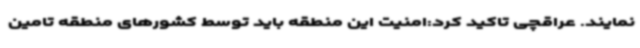
نمایند. عراقچی تاکید کرد:امنیت این منطقه باید توسط کشورهای منطقه تامین